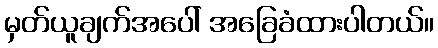
မှတ်ယူချက်အပေါ် အခြေခံထားပါတယ်။